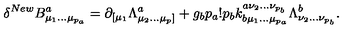
\delta ^ { N e w } B _ { \mu _ { 1 } \ldots \mu _ { p _ { a } } } ^ { a } = \partial _ { [ \mu _ { 1 } } \Lambda _ { \mu _ { 2 } \ldots \mu _ { p } ] } ^ { a } + g _ { b } p _ { a } ! p _ { b } k _ { b \mu _ { 1 } \ldots \mu _ { p _ { a } } } ^ { a \nu _ { 2 } \ldots \nu _ { p _ { b } } } \Lambda _ { \nu _ { 2 } \ldots \nu _ { p _ { b } } } ^ { b } .